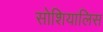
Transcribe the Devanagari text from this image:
सोशियालिस